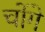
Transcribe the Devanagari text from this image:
चोंगे